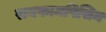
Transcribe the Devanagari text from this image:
रायफामपिसिन